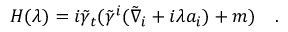
H ( \lambda ) = i \tilde { \gamma } _ { t } ( \tilde { \gamma } ^ { i } ( \tilde { \nabla } _ { i } + i \lambda a _ { i } ) + m ) ~ ~ ~ .